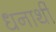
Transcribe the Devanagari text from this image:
धनार्थी